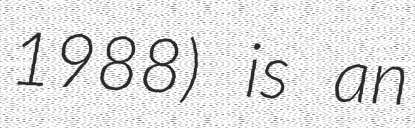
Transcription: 1988) is an